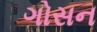
ગોસન